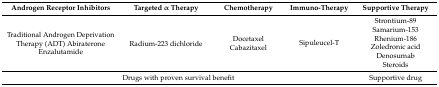
<table><thead><tr><td><b>Androgen Receptor Inhibitors</b></td><td><b>Targeted α Therapy</b></td><td><b>Chemotherapy</b></td><td><b>Immuno-Therapy</b></td><td><b>Supportive Therapy</b></td></tr></thead><tbody><tr><td rowspan="6">Traditional Androgen Deprivation Therapy (ADT) Abiraterone Enzalutamide</td><td rowspan="6">Radium-223 dichloride</td><td rowspan="6">Docetaxel Cabazitaxel</td><td rowspan="6">Sipuleucel-T</td><td>Strontium-89</td></tr><tr><td>Samarium-153</td></tr><tr><td>Rhenium-186</td></tr><tr><td>Zoledronic acid</td></tr><tr><td>Denosumab</td></tr><tr><td>Steroids</td></tr><tr><td colspan="4">Drugs with proven survival benefit</td><td>Supportive drug</td></tr></tbody></table>